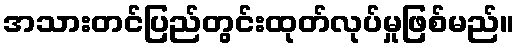
အသားတင်ပြည်တွင်းထုတ်လုပ်မှုဖြစ်မည်။